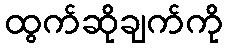
ထွက်ဆိုချက်ကို